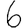
Digit: 6